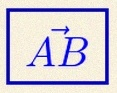
\vec{AB}